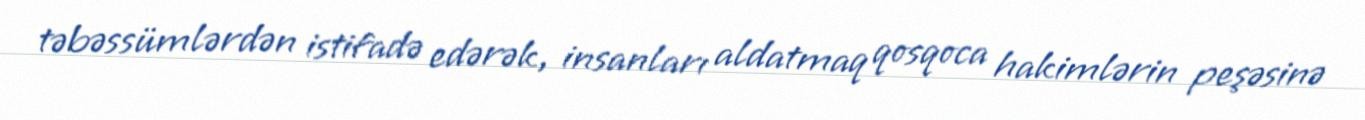
təbəssümlərdən istifadə edərək, insanları aldatmaq qosqoca hakimlərin peşəsinə